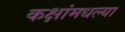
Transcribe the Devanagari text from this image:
कक्षांमधल्या